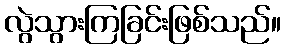
လွဲသွားကြခြင်းဖြစ်သည်။